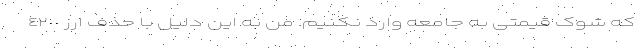
که شوک قیمتی به جامعه وارد نکنیم. من به این دلیل با حذف ارز ٤٢٠٠